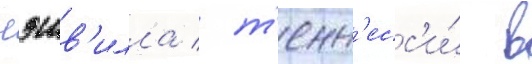
нэшв'илла / т'енн'есс'и́ в